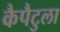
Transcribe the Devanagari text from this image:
कैपैटुला